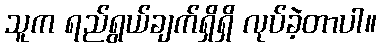
သူက ရည်ရွယ်ချက်ရှိရှိ လုပ်ခဲ့တာပါ။